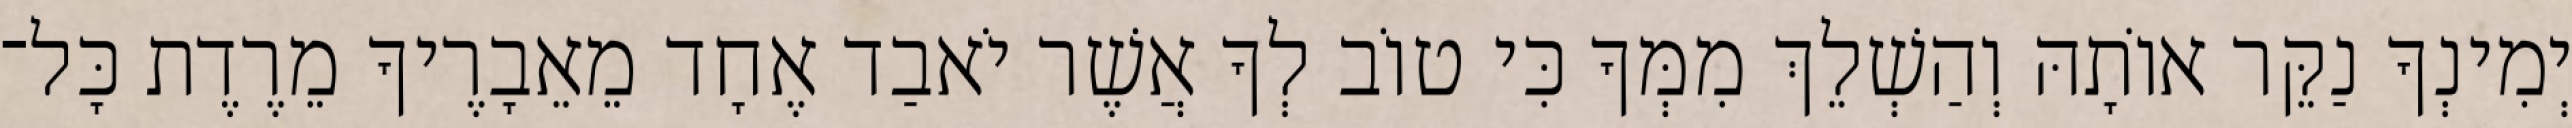
יְמִינְךָ נַקֵּר אוֹתָהּ וְהַשְׁלֵךְ מִמְּךָ כִּי טוֹב לְךָ אֲשֶׁר יֹאבַד אֶחָד מֵאֵבָרֶיךָ מֵרֶדֶת כָּל־